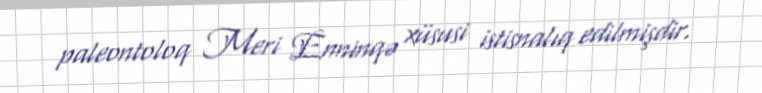
paleontoloq Meri Enninqə xüsusi istisnalıq edilmişdir.